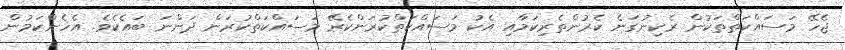
ޖެހޭ މަސައްކަތްތަކުން ރެކިނުގަނެ ކެރުންތެރިކަމާއި އެކު މަސައްކަތްކުރަންކެރޭ މަސައްކަތްކުރަން ދަންނަ ބައެކެެވެ. އެހެންކަމުން